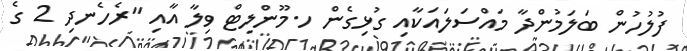
ފުލުހުން ބަލަމުންދާ މައްސަލައަކާއި ގުޅިގެން ހ.މޫންލިޓް ވިލާ އާއި "ރެހެނދި 2 ގެ